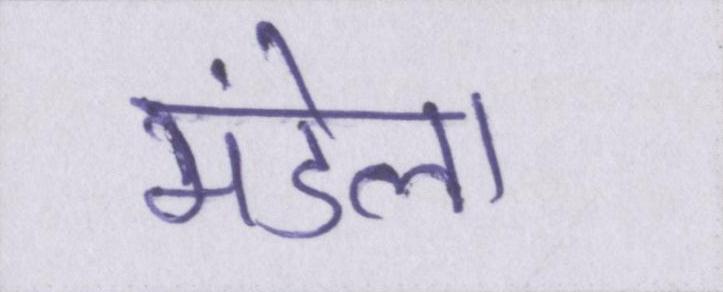
मंडेला